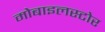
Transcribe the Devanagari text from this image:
मोबाइलस्टोर